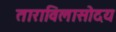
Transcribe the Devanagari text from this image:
ताराविलासोदय